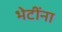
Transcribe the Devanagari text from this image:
भेटींना